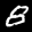
Label: 8